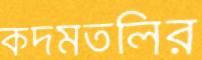
কদমতলির